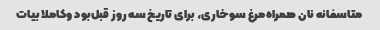
متاسفانه نان همراه‌مرغ سوخاری، برای تاریخ سه روز قبل‌بود و‌کاملا بیات